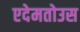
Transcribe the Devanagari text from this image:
एदेमतोउस